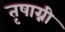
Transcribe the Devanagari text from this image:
तृषाग्नी